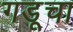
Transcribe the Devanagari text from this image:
गडूचा